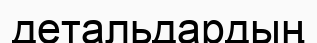
детальдардың